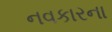
નવકારના